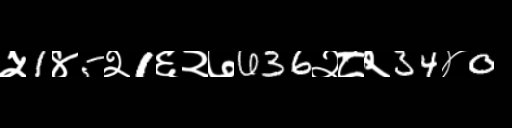
Text: ५1४5२1६२७636२८२34४0